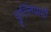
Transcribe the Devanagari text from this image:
वुल्लियामी